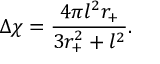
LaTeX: \Delta \chi = \frac { 4 \pi l ^ { 2 } r _ { + } } { 3 r _ { + } ^ { 2 } + l ^ { 2 } } .